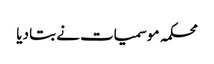
محکمہ موسمیات نے بتا دیا